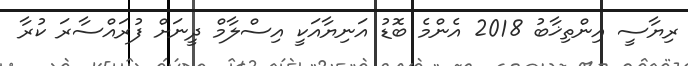
ރިޔާސީ އިންތިޚާބު 2018 އެންމެ ބޮޑު އަނިޔާއަކީ އިސްލާމް ދީނަށް ފުރައްސާރަ ކުރާ